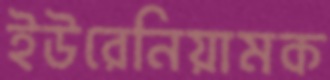
ইউরেনিয়ামক